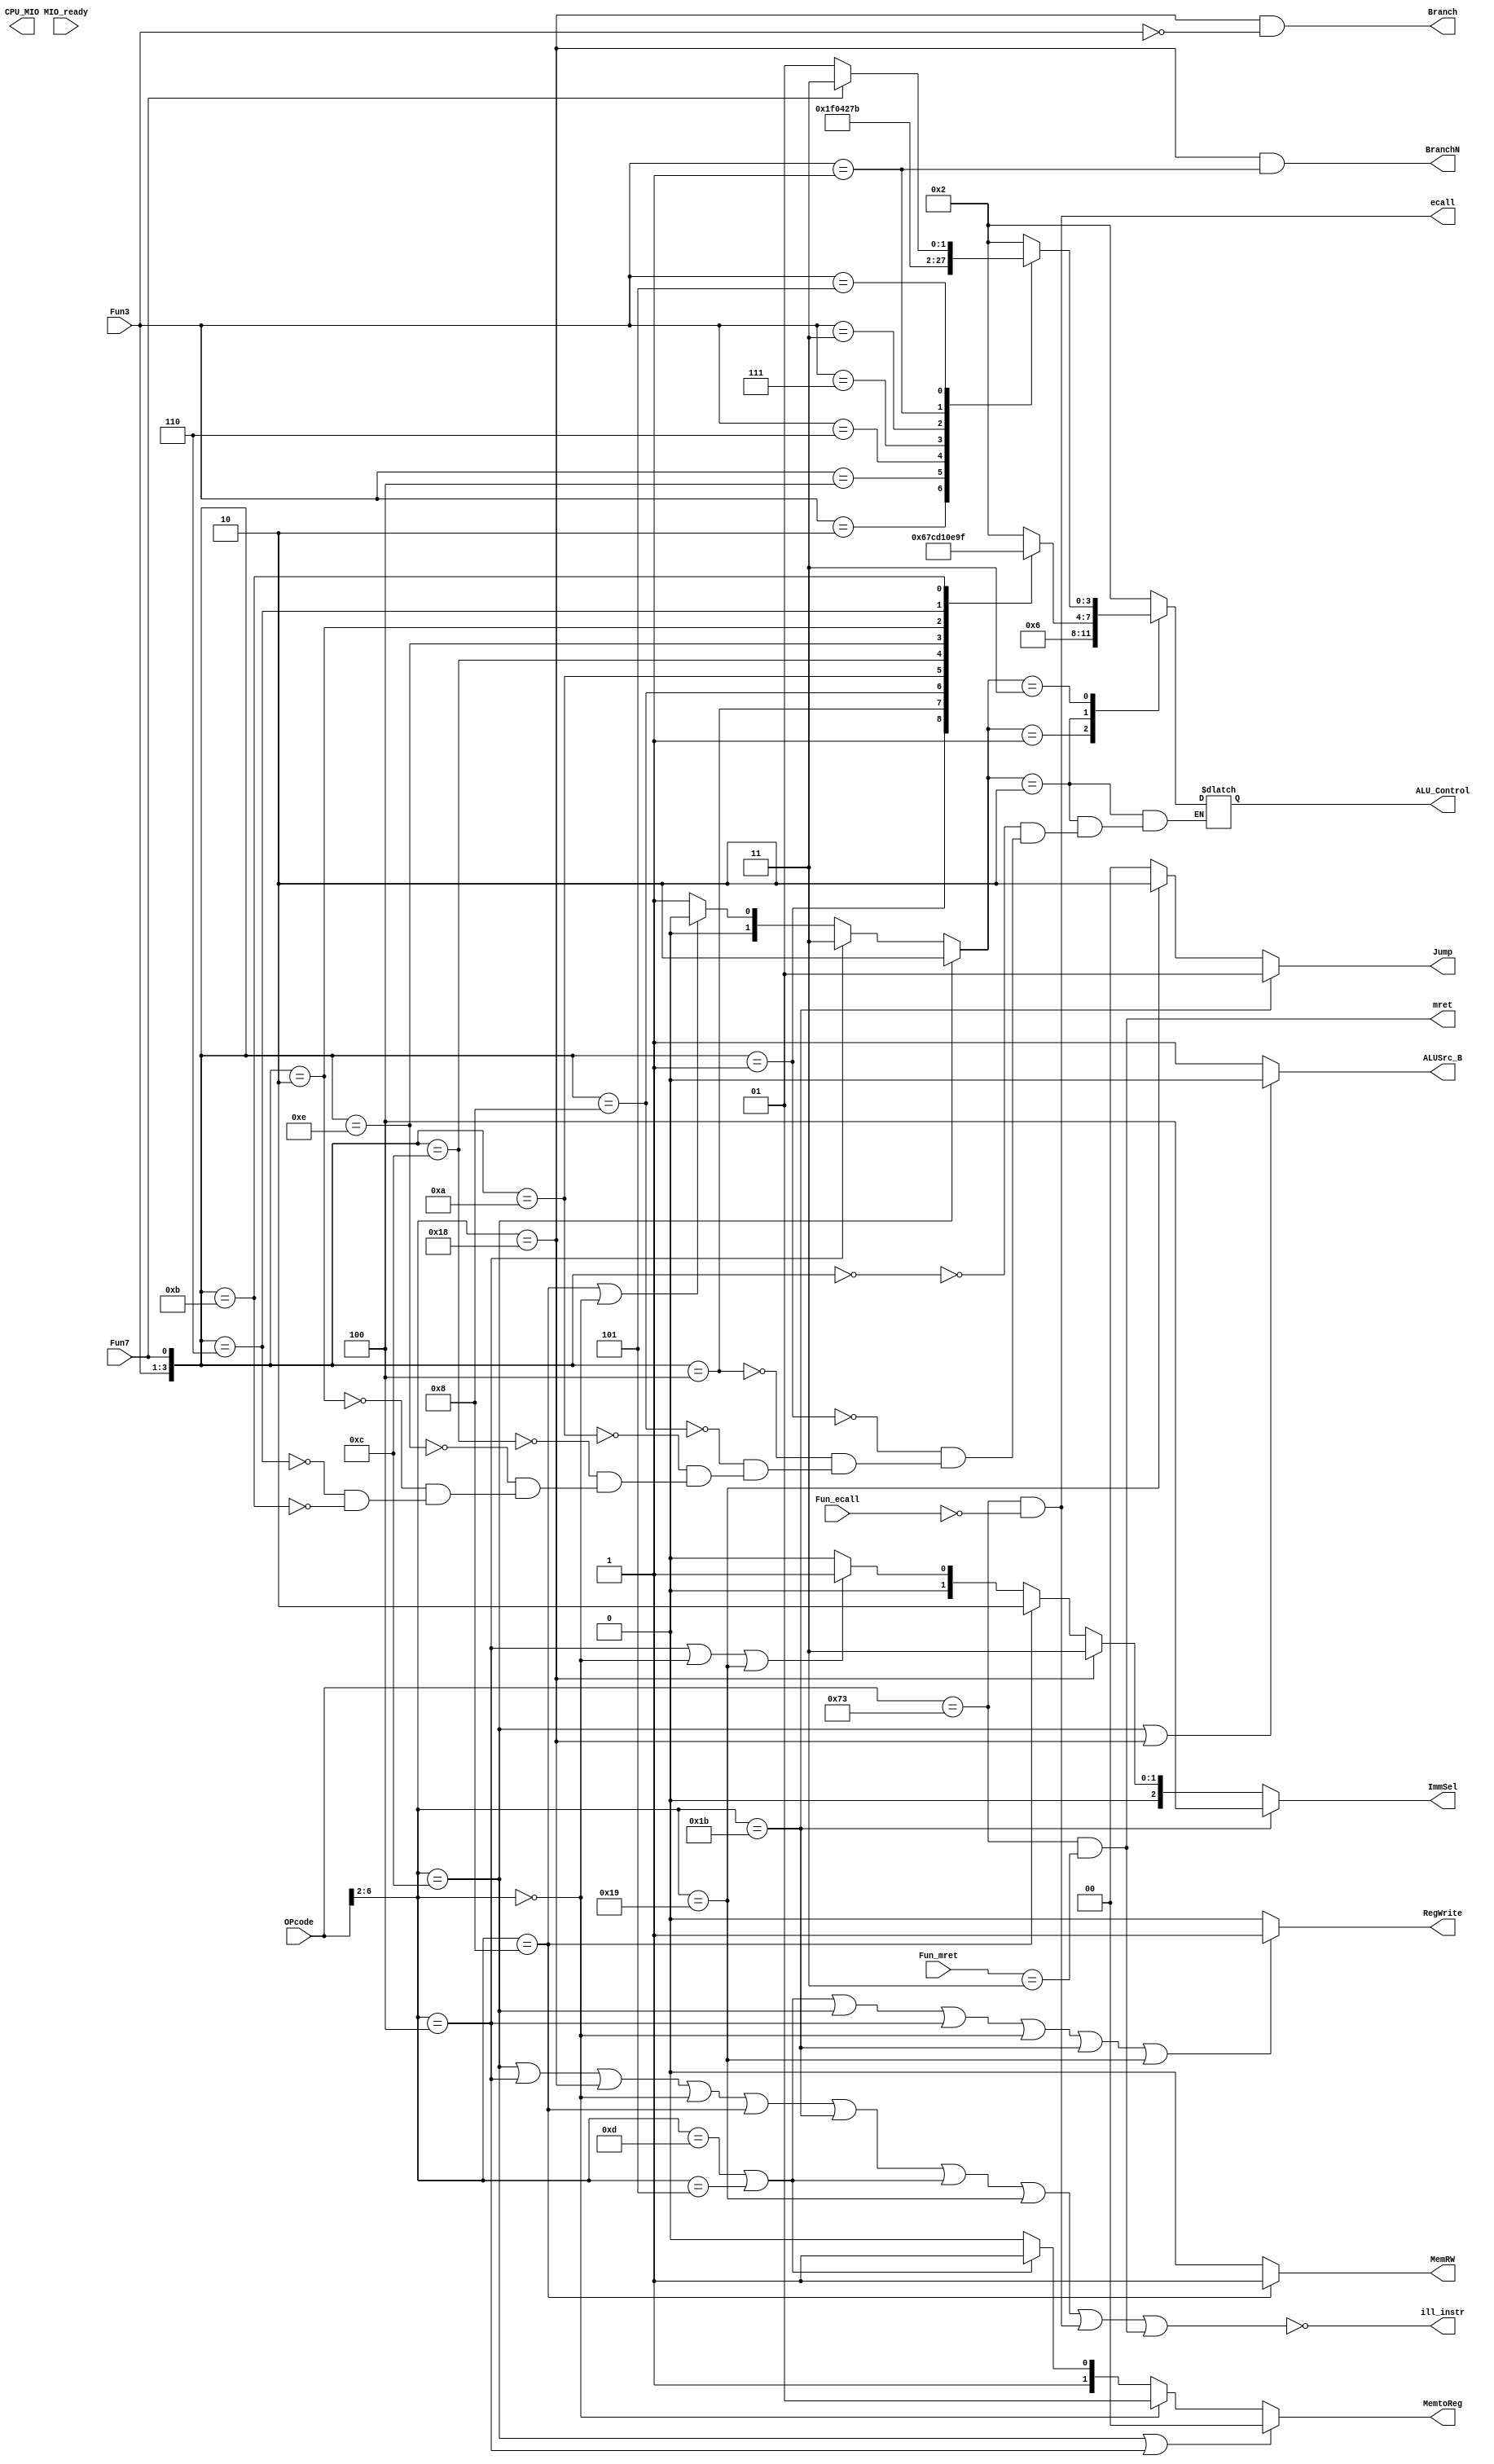
`timescale 1ns / 1ps
//////////////////////////////////////////////////////////////////////////////////
// Company: 
// Engineer: 
// 
// Design Name: 
// Module Name: SCPU_4921
// Project Name: 
// Target Devices: 
// Tool Versions: 
// Description: 
// 
// Dependencies: 
// 
// Revision:
// Revision 0.01 - File Created
// Additional Comments:
// 
//////////////////////////////////////////////////////////////////////////////////
module SCPU_4921( 
    input[6:0]OPcode, //OPcode------inst[6:0] //
    input[2:0]Fun3, //Function-----inst[14:12]
    input Fun7, //Function-----inst[30]
    input MIO_ready, //CPU Wait
    input [2:0]Fun_ecall,
    input [1:0]Fun_mret,
    output reg [2:0]ImmSel, // //
    output reg ALUSrc_B, //2
    output reg [1:0]MemtoReg, //
    output reg [1:0]Jump, //jal //
    output reg Branch, //beq
    output reg BranchN, //bne //
    output reg RegWrite, //
    output reg MemRW, //
    output reg [3:0]ALU_Control, //alu //
    output reg CPU_MIO, //not use
    output reg ecall,
    output reg mret,
    output reg ill_instr
); 

    wire Rop = (OPcode[6:2] == 5'b01100);
    wire Iop = (OPcode[6:2] == 5'b00100);
    wire Bop = (OPcode[6:2] == 5'b11000);
    wire Lop = (OPcode[6:2] == 5'b00000);
    wire Sop = (OPcode[6:2] == 5'b01000);
    wire Jop = (OPcode[6:2] == 5'b11011);
    wire Uop = (OPcode[6:2] == 5'b01101)||(OPcode[6:2] == 5'b00101);
    wire Jalr = (OPcode[6:2] == 5'b11001);
    wire int = (OPcode == 7'b1110011);
    wire int_ecall = int && (Fun_ecall == 3'b000);
    wire int_mret = int && (Fun_mret == 2'b11);
    wire int_ill = !(Rop||Iop||Bop||Lop||Sop||Jop||Uop||Jalr||int_ecall||int_mret);
    reg [1:0] ALU_op;
    
wire [1:0]ALU_op_add=2'b00;
wire [1:0] ALU_op_sub=2'b01;
wire [1:0] ALU_op_r=2'b10;
wire [1:0] ALU_op_i=2'b11;

   
       always@(*)
    begin
        Jump = Jop? 2'b01:
               Jalr? 2'b10:
               2'b00;
        Branch = Bop&(Fun3==3'b000);
        BranchN = Bop&(Fun3==3'b001);
        ImmSel = Jop ? 3'b100:
                 Bop ? 3'b011:
                 Sop ? 3'b010:
                 Iop|Lop|Jalr ? 3'b001:
                 3'b000;//Uop, lui
        ALUSrc_B = Rop|Bop? 0:1;
        MemtoReg = Rop|Iop? 2'b00:
                   Lop? 2'b01:
                   Uop? 2'b11:
                   2'b10;
        /*if(Uop|Rop)RegWrite=1;
        else if(Iop|Lop)RegWrite=1;
        else if(Jop)RegWrite=1;
        else RegWrite=0;*/
        RegWrite = Uop|Rop|Iop|Lop|Jop|Jalr? 1:0;//Rop|Iop|Lop|Jop
        MemRW = Sop? 1:0;
        ALU_op = Rop ? ALU_op_r:
                 Iop ? ALU_op_i:
                 Sop|Lop ? ALU_op_add:
                 ALU_op_sub;
        case(ALU_op)
            2'b00:ALU_Control = 4'b0010;
            2'b01:ALU_Control = 4'b0110;
            2'b10:
                case({Fun3,Fun7})
                    4'b0000:ALU_Control = 4'b0010;
                    4'b0001:ALU_Control = 4'b0110;
                    4'b0100:ALU_Control = 4'b0111;
                    4'b1000:ALU_Control = 4'b1100;
                    4'b1010:ALU_Control = 4'b1101;
                    4'b1100:ALU_Control = 4'b0001;
                    4'b1110:ALU_Control = 4'b0000;
                    4'b0010:ALU_Control = 4'b1110;
                    4'b0110:ALU_Control = 4'b1001;
                    4'b1011:ALU_Control = 4'b1111;
                    
                endcase
            2'b11:
                case(Fun3)
                    3'b000:ALU_Control = 4'b0010;
                    3'b010:ALU_Control = 4'b0111;
                    3'b100:ALU_Control = 4'b1100;
                    3'b110:ALU_Control = 4'b0001;
                    3'b111:ALU_Control = 4'b0000;
                    3'b011:ALU_Control = 4'b1001;
                    3'b001:ALU_Control = 4'b1110;
                    3'b101:ALU_Control = Fun7?4'b1111:4'b1101;
                endcase
           endcase
           ecall = int_ecall;
           mret = int_mret;
           ill_instr = int_ill;
    end
endmodule